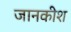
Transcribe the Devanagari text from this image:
जानकीश